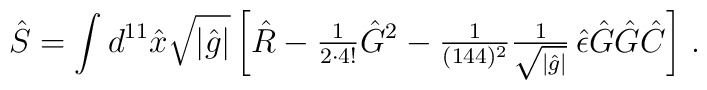
\hat{S} = \int d^{11} \hat{x} \sqrt{|\hat{g}|} \left[ \hat{R} -{\textstyle\frac{1}{2 \cdot 4!}}\hat{G}{}^{2} -{\textstyle\frac{1}{(144)^{2}}}{\textstyle\frac{1}{\sqrt{|\hat{g}|}}}\, \hat{\epsilon}\hat{G} \hat{G}\hat{C} \right]\, .